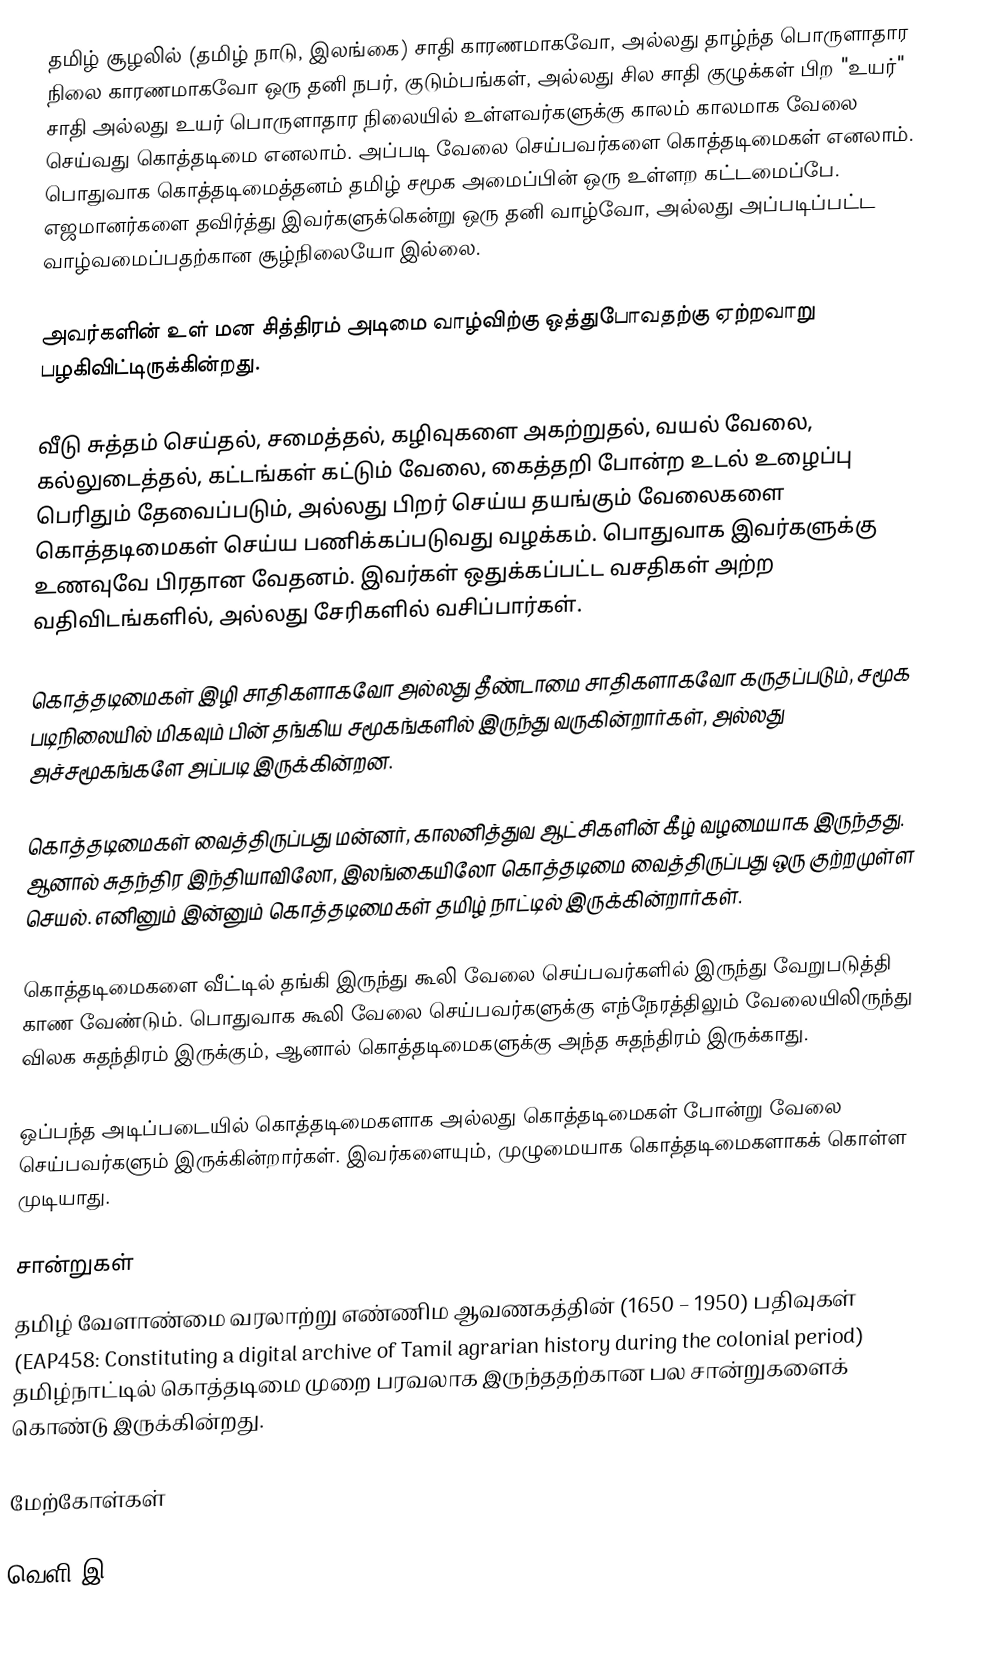
தமிழ் சூழலில் (தமிழ் நாடு, இலங்கை) சாதி காரணமாகவோ, அல்லது தாழ்ந்த பொருளாதார நிலை காரணமாகவோ ஒரு தனி நபர், குடும்பங்கள், அல்லது சில சாதி குழுக்கள் பிற "உயர்" சாதி அல்லது உயர் பொருளாதார நிலையில் உள்ளவர்களுக்கு காலம் காலமாக வேலை செய்வது கொத்தடிமை எனலாம்.  அப்படி வேலை செய்பவர்களை கொத்தடிமைகள் எனலாம்.  பொதுவாக கொத்தடிமைத்தனம் தமிழ் சமூக அமைப்பின் ஒரு உள்ளற கட்டமைப்பே.  எஜமானர்களை தவிர்த்து இவர்களுக்கென்று ஒரு தனி வாழ்வோ, அல்லது அப்படிப்பட்ட வாழ்வமைப்பதற்கான சூழ்நிலையோ இல்லை.

அவர்களின் உள் மன சித்திரம் அடிமை வாழ்விற்கு ஒத்துபோவதற்கு ஏற்றவாறு பழகிவிட்டிருக்கின்றது.

வீடு சுத்தம் செய்தல், சமைத்தல், கழிவுகளை அகற்றுதல், வயல் வேலை, கல்லுடைத்தல், கட்டங்கள் கட்டும் வேலை, கைத்தறி போன்ற உடல் உழைப்பு பெரிதும் தேவைப்படும், அல்லது பிறர் செய்ய தயங்கும் வேலைகளை கொத்தடிமைகள் செய்ய பணிக்கப்படுவது வழக்கம்.  பொதுவாக இவர்களுக்கு உணவுவே பிரதான வேதனம்.  இவர்கள் ஒதுக்கப்பட்ட வசதிகள் அற்ற வதிவிடங்களில், அல்லது சேரிகளில் வசிப்பார்கள்.

கொத்தடிமைகள் இழி சாதிகளாகவோ அல்லது தீண்டாமை சாதிகளாகவோ கருதப்படும், சமூக படிநிலையில் மிகவும் பின் தங்கிய சமூகங்களில் இருந்து வருகின்றார்கள், அல்லது அச்சமூகங்களே அப்படி இருக்கின்றன.

கொத்தடிமைகள் வைத்திருப்பது மன்னர், காலனித்துவ ஆட்சிகளின் கீழ் வழமையாக இருந்தது. ஆனால் சுதந்திர இந்தியாவிலோ, இலங்கையிலோ கொத்தடிமை வைத்திருப்பது ஒரு குற்றமுள்ள செயல். எனினும் இன்னும் கொத்தடிமைகள் தமிழ் நாட்டில் இருக்கின்றார்கள்.

கொத்தடிமைகளை வீட்டில் தங்கி இருந்து கூலி வேலை செய்பவர்களில் இருந்து வேறுபடுத்தி காண வேண்டும்.  பொதுவாக கூலி வேலை செய்பவர்களுக்கு எந்நேரத்திலும் வேலையிலிருந்து விலக சுதந்திரம் இருக்கும், ஆனால் கொத்தடிமைகளுக்கு அந்த சுதந்திரம் இருக்காது.

ஒப்பந்த அடிப்படையில் கொத்தடிமைகளாக அல்லது கொத்தடிமைகள் போன்று வேலை செய்பவர்களும் இருக்கின்றார்கள்.  இவர்களையும், முழுமையாக கொத்தடிமைகளாகக் கொள்ள முடியாது.

சான்றுகள்
தமிழ் வேளாண்மை வரலாற்று எண்ணிம ஆவணகத்தின் (1650 – 1950) பதிவுகள் (EAP458: Constituting a digital archive of Tamil agrarian history during the colonial period) தமிழ்நாட்டில் கொத்தடிமை முறை பரவலாக இருந்ததற்கான பல சான்றுகளைக் கொண்டு இருக்கின்றது.

மேற்கோள்கள்

வெளி இ